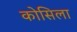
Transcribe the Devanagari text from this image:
कोसिला